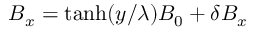
{ B _ { x } = \operatorname { t a n h } ( y / \lambda ) B _ { 0 } + \delta B _ { x } }